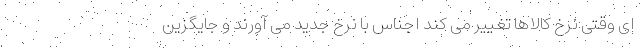
ای وقتی نرخ کالاها تغییر می کند اجناس با نرخ جدید می آورند و جایگزین